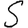
Digit: 5